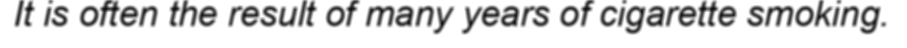
It is often the result of many years of cigarette smoking.